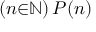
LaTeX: ( n { \in } \mathbb { N } ) \, P ( n )